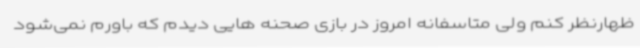
ظهارنظر کنم ولی متاسفانه امروز در بازی صحنه هایی دیدم که باورم نمی‌شود